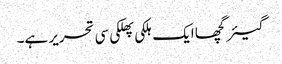
گیئرگچھا ایک ہلکی پھلکی سی تحریر ہے۔